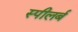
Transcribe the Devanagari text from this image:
स्पीलर्ब